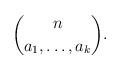
LaTeX: \begin{align*} \binom{n}{a_1, \dots, a_k}.\end{align*}